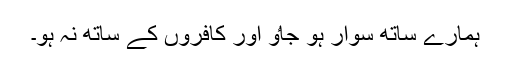
ہمارے ساتھ سوار ہو جاٶ اور کافروں کے ساتھ نہ ہو۔